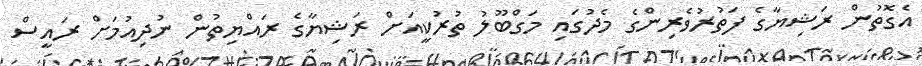
އެގޮތުން ރަޝިޔާގެ ފަތުރުވެރިންގެ މެދުގައި މަގްބޫލު ތުރުކީއަށް ރަޝިޔާގެ ރައްޔިތުން ނުދިއުމަށް ރައީސް